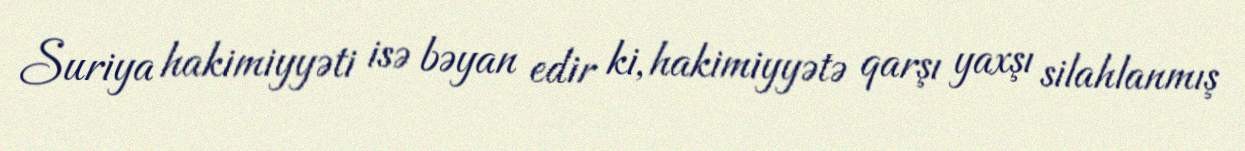
Suriya hakimiyyəti isə bəyan edir ki, hakimiyyətə qarşı yaxşı silahlanmış